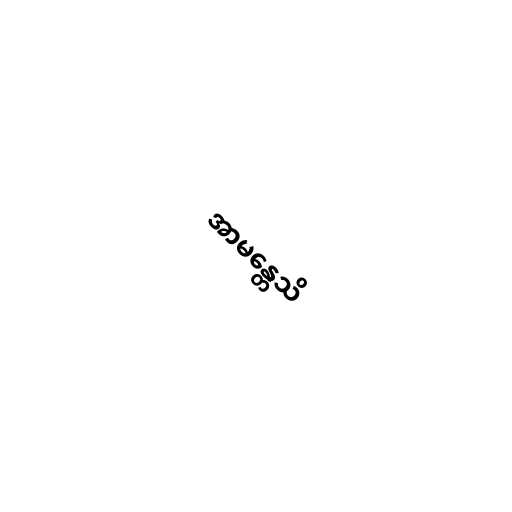
အာမန္တေသိ